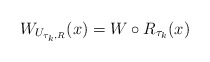
\begin{align*} W_{U_{\tau_k,R}}(x)=W\circ R_{\tau_k}(x)\end{align*}